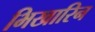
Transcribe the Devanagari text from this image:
भिखारिन